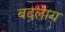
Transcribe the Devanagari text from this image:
बदलाय